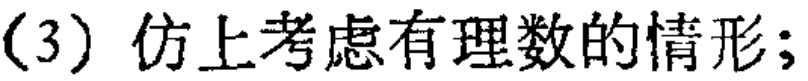
(3) 仿上考虑有理数的情形;